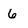
Character: 6